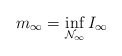
\begin{align*}m_{\infty}=\inf_{\mathcal{N}_{\infty}}I_{\infty}\end{align*}